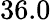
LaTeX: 36.0